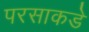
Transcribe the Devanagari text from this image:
परसाकडे